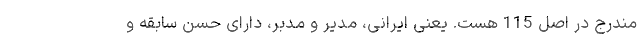
مندرج در اصل 115 هست. یعنی ایرانی، مدیر و مدبر، دارای حسن سابقه و